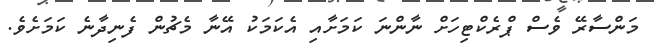
މަންސާރޭ ވެސް ޕްރެކްޓިހަށް ނާންނަ ކަމަށާއި އެކަމަކު އޭނާ މެޗުން ފެނިދާނެ ކަމަށެވެ.